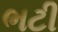
ભટી